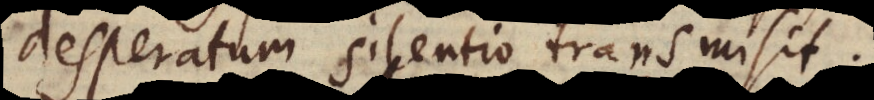
desperatum, silentio transmisit.